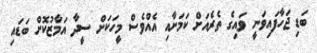
ބަޑި ޖަހާފައިވަނީ ވައިގެ ތެރެއަށް ކަމަށާއި އެއްވެސް މީހަކަށް ސީދާ އަމާޒުކޮށް ބަޑައި